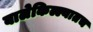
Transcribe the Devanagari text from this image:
बालेकिल्ल्यातच